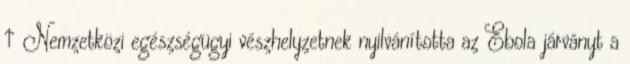
↑ Nemzetközi egészségügyi vészhelyzetnek nyilvánította az Ebola járványt a